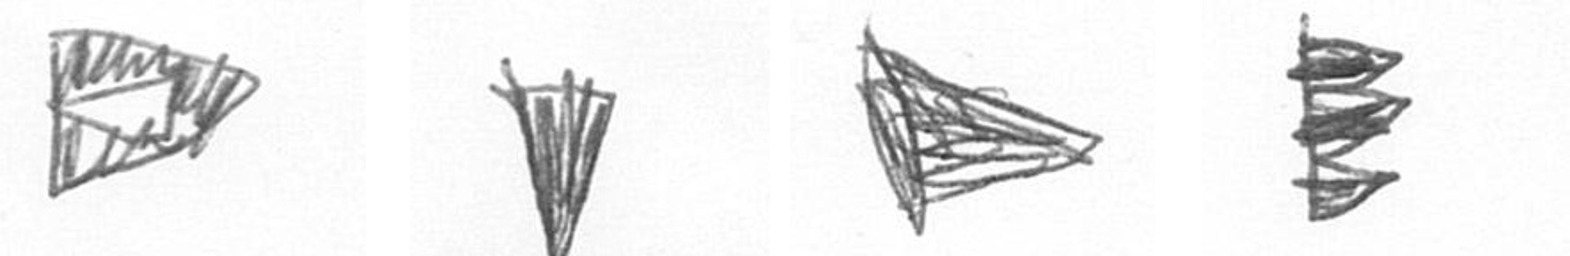
K J T H